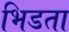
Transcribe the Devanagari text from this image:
भिडता